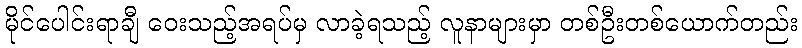
မိုင်ပေါင်းရာချီ ဝေးသည့်အရပ်မှ လာခဲ့ရသည့် လူနာများမှာ တစ်ဦးတစ်ယောက်တည်း